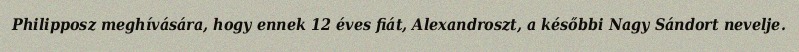
Philipposz meghívására, hogy ennek 12 éves fiát, Alexandroszt, a későbbi Nagy Sándort nevelje.